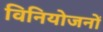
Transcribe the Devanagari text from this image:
विनियोजनों